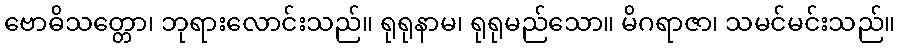
ဗောဓိသတ္တော၊ ဘုရားလောင်းသည်။ ရုရုနာမ၊ ရုရုမည်သော။ မိဂရာဇာ၊ သမင်မင်းသည်။